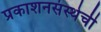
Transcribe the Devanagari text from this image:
प्रकाशनसंस्थेची